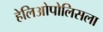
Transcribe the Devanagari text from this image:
हेलिओपोलिसला